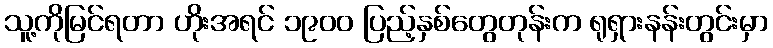
သူ့ကိုမြင်ရတာ ဟိုးအရင် ၁၉၀၀ ပြည့်နှစ်တွေတုန်းက ရုရှားနန်းတွင်းမှာ